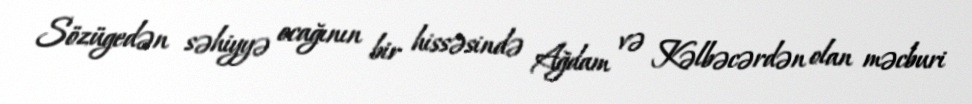
Sözügedən səhiyyə ocağının bir hissəsində Ağdam və Kəlbəcərdən olan məcburi